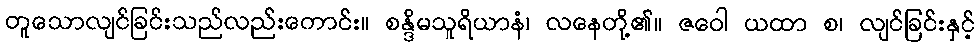
တူသောလျင်ခြင်းသည်လည်းကောင်း။ စန္ဒိမသူရိယာနံ၊ လနေတို့၏။ ဇဝေါ ယထာ စ၊ လျင်ခြင်းနှင့်